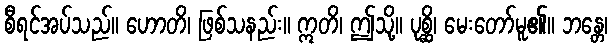
စီရင်အပ်သည်။ ဟောတိ၊ ဖြစ်သနည်း။ ဣတိ၊ ဤသို့။ ပုစ္ဆိ၊ မေးတော်မူ၏။ ဘန္တေ၊